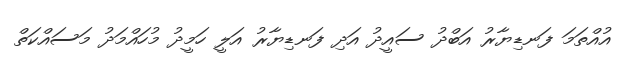
އުއްތަމަ ފަނޑިޔާރު އަބްދު ސައީދު އަދި ފަނޑިޔާރު އަލީ ހަމީދު މުހައްމަދު މަސައްކަތް